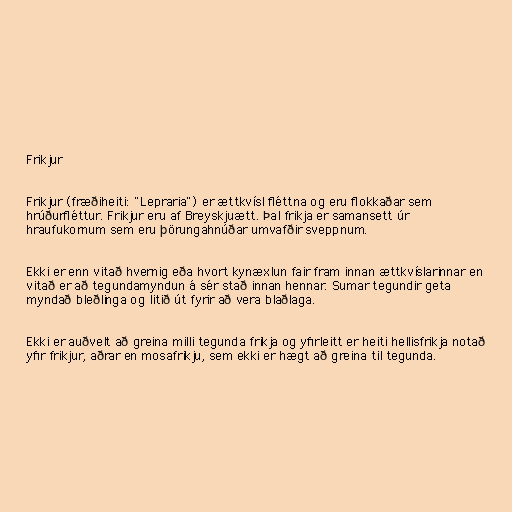
Frikjur

Frikjur (fræðiheiti: "Lepraria") er ættkvísl fléttna og eru flokkaðar sem
hrúðurfléttur. Frikjur eru af Breyskjuætt. Þal frikja er samansett úr
hraufukornum sem eru þörungahnúðar umvafðir sveppnum.

Ekki er enn vitað hvernig eða hvort kynæxlun fair fram innan ættkvíslarinnar en
vitað er að tegundamyndun á sér stað innan hennar. Sumar tegundir geta
myndað bleðlinga og litið út fyrir að vera blaðlaga.

Ekki er auðvelt að greina milli tegunda frikja og yfirleitt er heiti hellisfrikja notað
yfir frikjur, aðrar en mosafrikju, sem ekki er hægt að greina til tegunda.